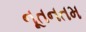
નૂતનતમ